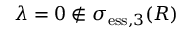
\lambda = 0 \not \in \sigma _ { \mathrm { e s s } , 3 } ( R )